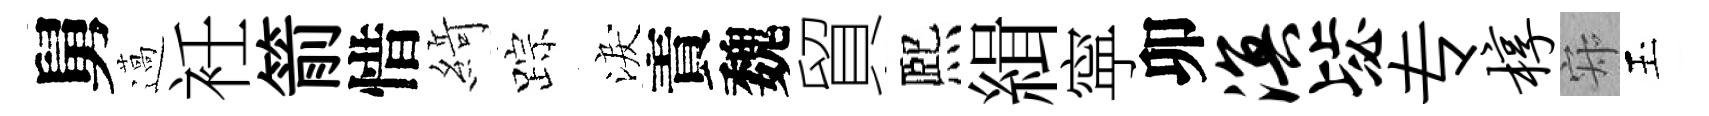
舅薖衽箭惜𦂶踪淚責魏貿熈緝寜卯溟毖专椁寂玉